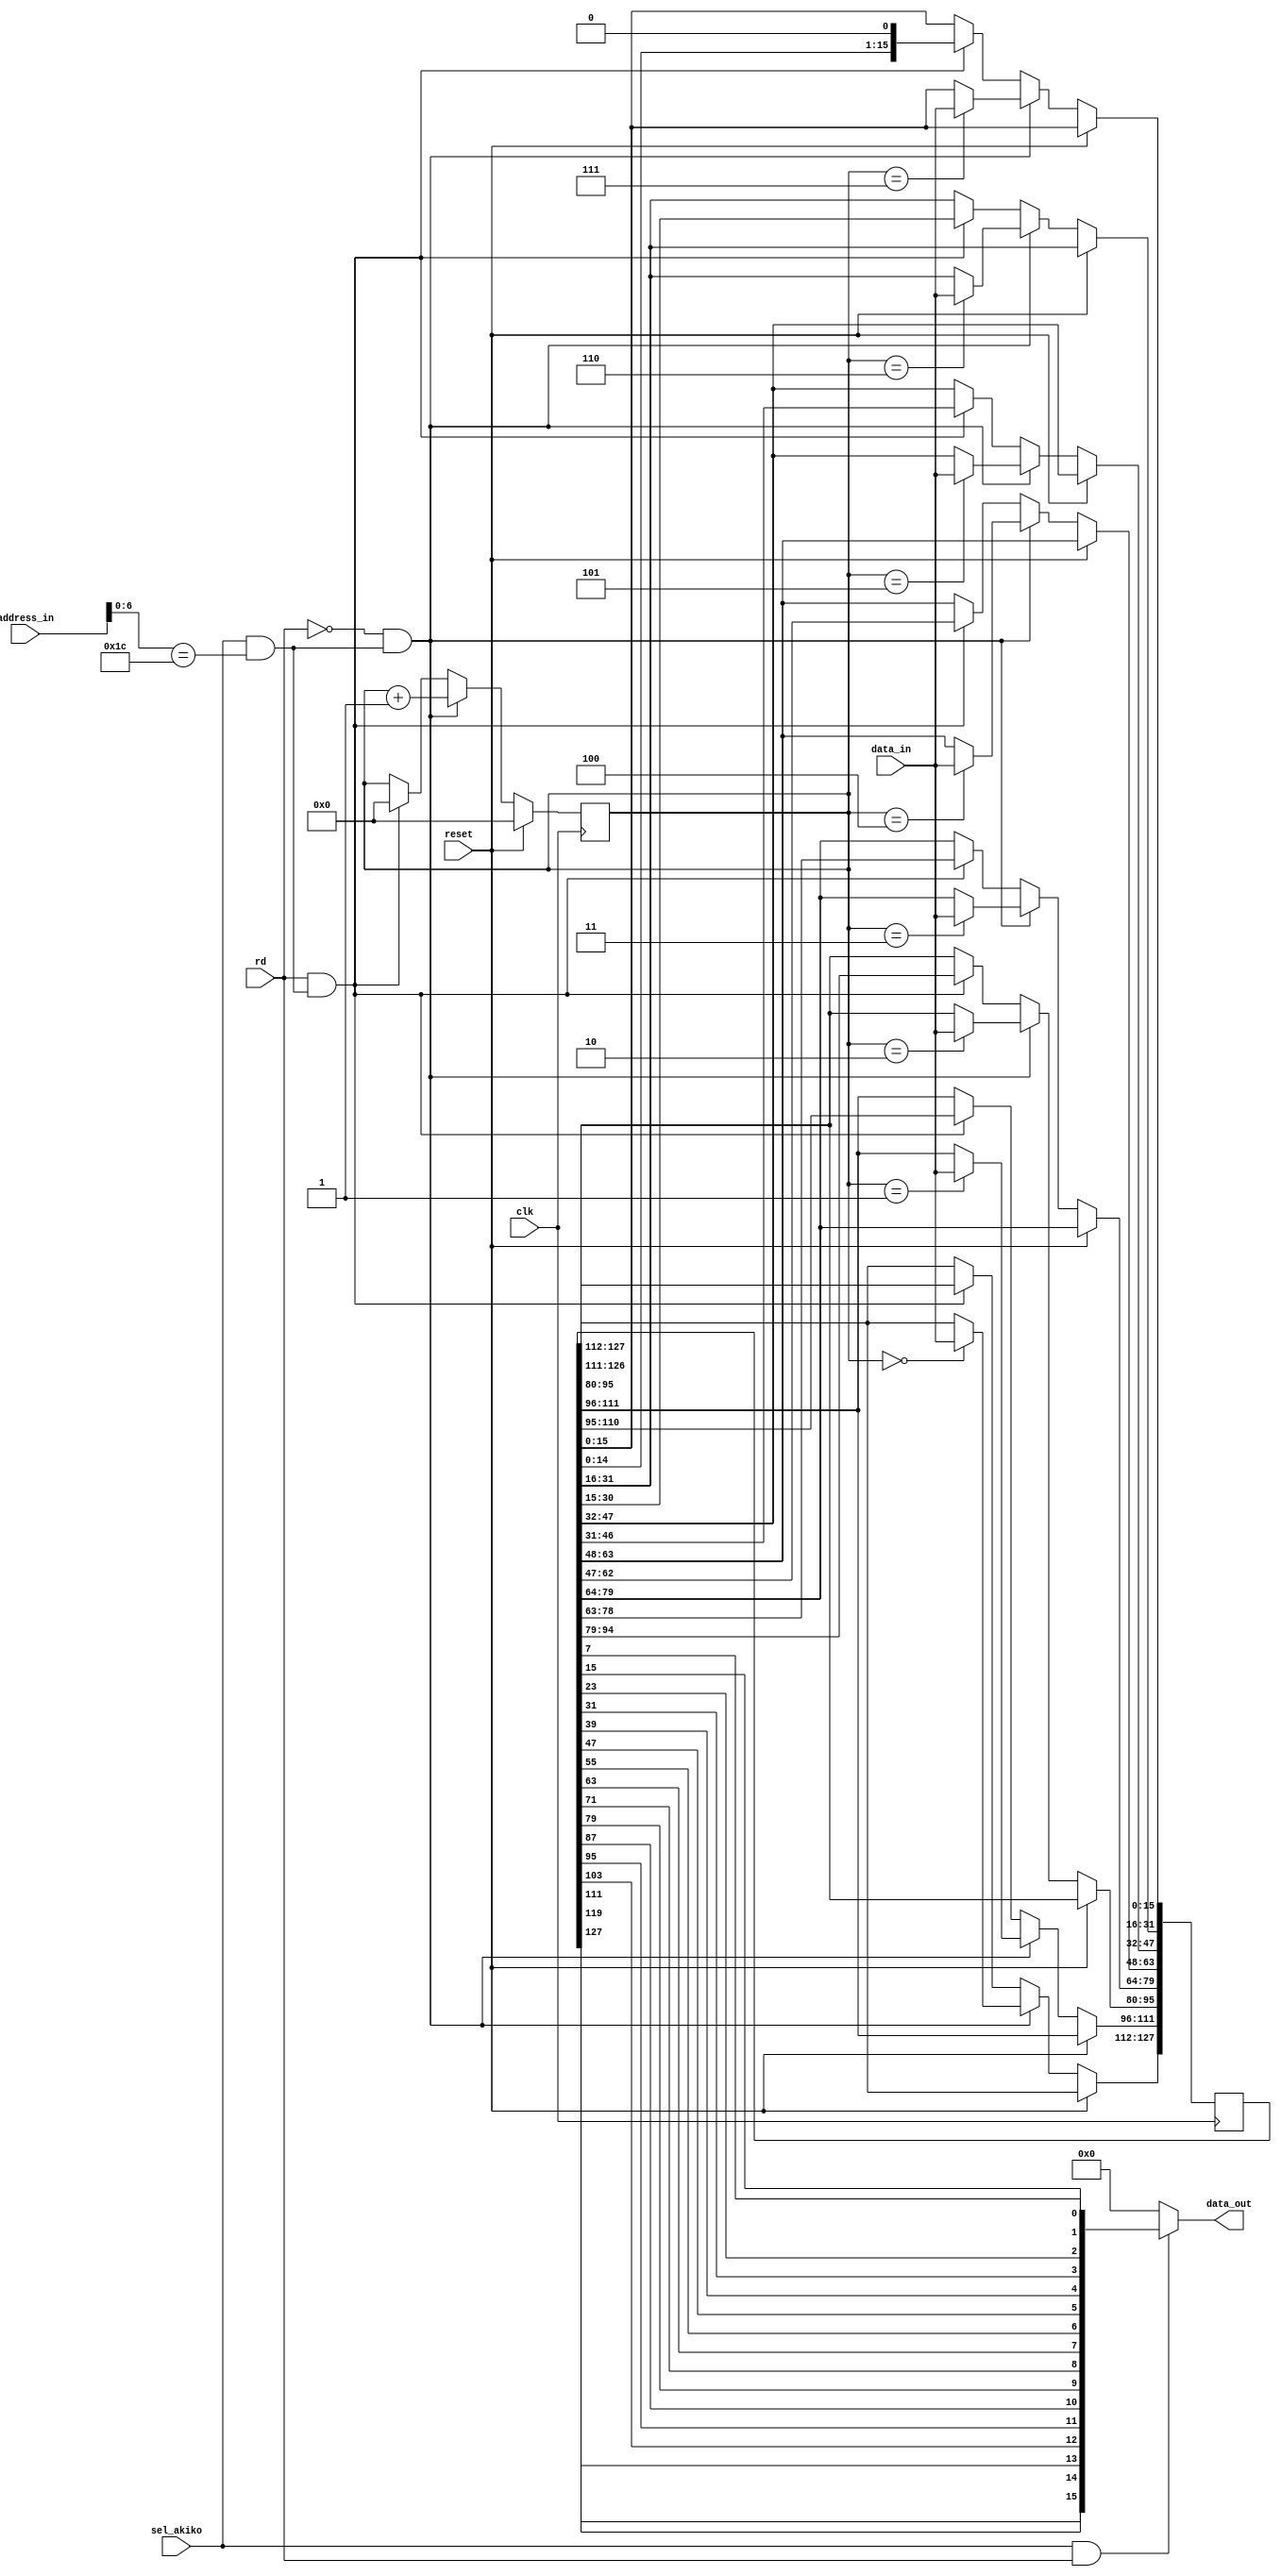
// Copyright 2012 by Alastair M. Robinson
//
// This file is part of Minimig
//
// Minimig is free software; you can redistribute it and/or modify
// it under the terms of the GNU General Public License as published by
// the Free Software Foundation; either version 3 of the License, or
// (at your option) any later version.
//
// Minimig is distributed in the hope that it will be useful,
// but WITHOUT ANY WARRANTY; without even the implied warranty of
// MERCHANTABILITY or FITNESS FOR A PARTICULAR PURPOSE.  See the
// GNU General Public License for more details.
//
// You should have received a copy of the GNU General Public License
// along with this program.  If not, see <http://www.gnu.org/licenses/>.
//
//
// A minimal implementation of the Akiko C2P register - 16-bit for now, worry about 32-bit
// width later.
//
// -- AMR --
//
// 2012-03-23  - initial version

module akiko
(
	input	clk,
	input	reset,
	input	[23:1] address_in,
	input	[15:0] data_in,
	output	[15:0] data_out,
	input	rd,
	input	sel_akiko	// $B8xxxx
);

//0xb80038 - just the one register, but 32-bits wide.
reg [127:0] shifter;
reg [6:0] wrpointer;
wire sel;

// address decoding
assign sel = sel_akiko && address_in[7:1]==8'b0011_100; // 0x38

always @(posedge clk)
	if (reset)
		wrpointer <= 0;
	else if (!rd && sel)	// write to C2P reg...
	begin
		case(wrpointer)
			0	: shifter[127:112] <= data_in[15:0];
			1	: shifter[111:96] <= data_in[15:0];
			2	: shifter[95:80] <= data_in[15:0];
			3	: shifter[79:64] <= data_in[15:0];
			4	: shifter[63:48] <= data_in[15:0];
			5	: shifter[47:32] <= data_in[15:0];
			6	: shifter[31:16] <= data_in[15:0];
			7  : shifter[15:0] <= data_in[15:0];
		endcase
		wrpointer <= wrpointer + 1;
	end
   else if (rd && sel)	// read from C2P reg
	begin
		shifter[127:0] <= {shifter[126:0],1'b0};
		wrpointer <= 0;
	end

	assign data_out[15:0] = sel_akiko && rd ? {shifter[127],shifter[119],shifter[111],shifter[103],shifter[95],shifter[87],
		shifter[79],shifter[71],shifter[63],shifter[55],shifter[47],shifter[39],shifter[31],
		shifter[23],shifter[15],shifter[7]} : 16'b0 ;

endmodule